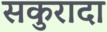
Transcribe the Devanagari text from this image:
सकुरादा